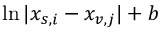
\ln | x _ { s , i } - x _ { v , j } | + b